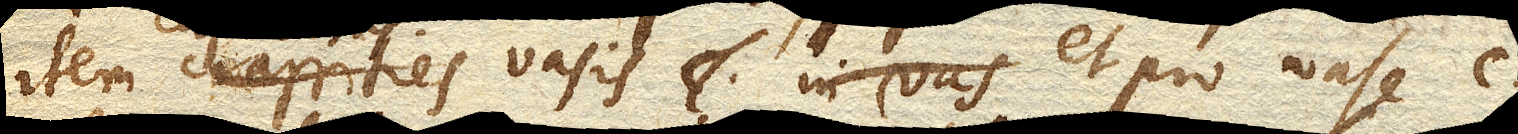
item crassities vasis et pro vase c.